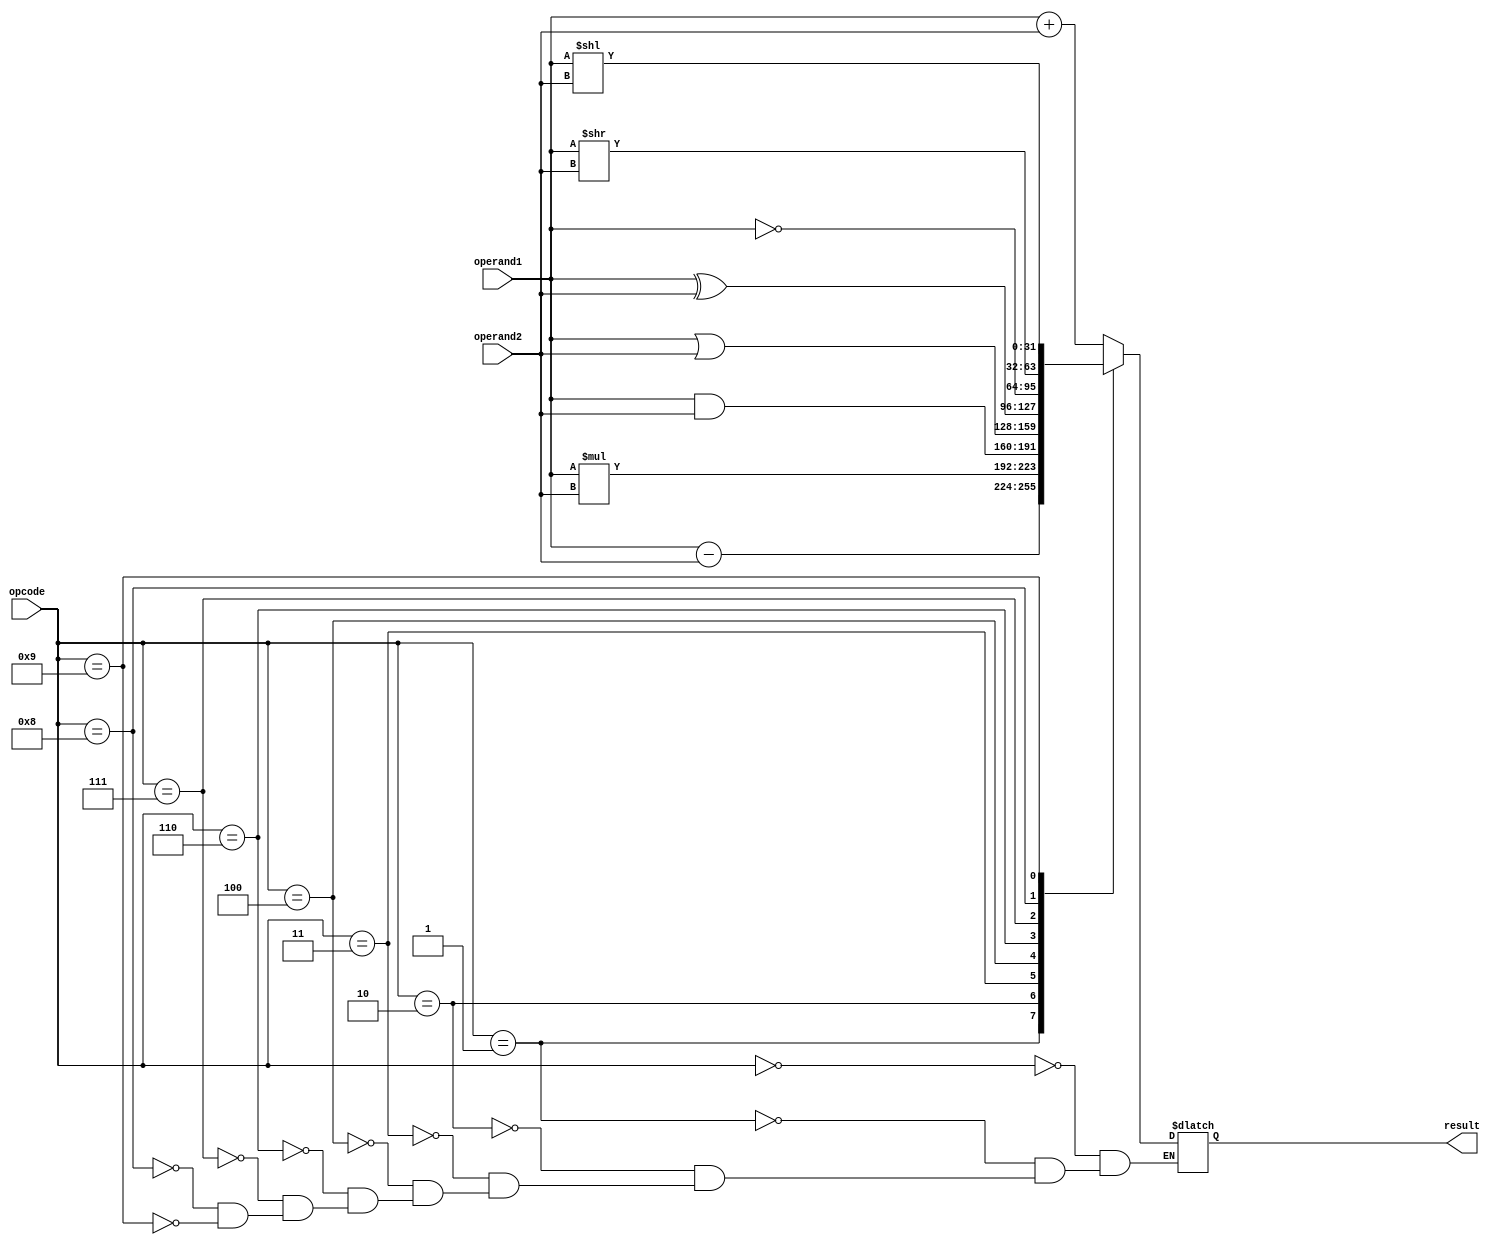
`timescale 1ns / 1ps

module ALU( 
input signed [31:0]operand1, operand2,
input signed[3:0] opcode,
output reg [31:0]result
);
parameter topla=4'b0000;
parameter cikar=4'b0001;
parameter carp=4'b0010;
parameter AND=4'b0011;
parameter OR=4'b0100;
parameter XOR=4'b0110;
parameter NOT=4'b0111;
parameter SRL=4'b1000;
parameter SLL=4'b1001;
    
always@(opcode,operand1,operand2)begin

case(opcode)
    topla:result <= operand1 + operand2; 
    
    cikar:result <= operand1 - operand2; 
    
    carp:result <= operand1 * operand2; 
    
    AND:result <= operand1 & operand2;
    
    OR:result <= operand1 | operand2;
    
    XOR:result <= operand1 ^ operand2;
    
    NOT:result <= ~operand1;
    
    SRL:result <= operand1 >> operand2;
    
    SLL:result <= operand1 << operand2;
endcase

end
endmodule

module TB();
reg[31:0]operand1,operand2;
reg[3:0]opcode;
wire[31:0]result;

ALU uut ( 
        .operand1(operand1) , 
        .operand2(operand2), 
        .opcode (opcode ), 
        .result(result)
    );    
ALU a1(operand1,operand2,opcode,result);
initial begin
    opcode = 4'b0000;
    operand1  = 32'b00000000000000000000000000011001;
    operand2  = 32'b00000000000000000000000000011001;
    #10;
    opcode = 4'b0001;
    operand1  = 32'b00000000000000000000000000011001;
    operand2  = 32'b00000000000000000000000000011001;
    #10
    opcode = 4'b0010;
    operand1  = 32'b00000000000000000000000000011001;
    operand2  = 32'b00000000000000000000000000011001;
    #10
    opcode = 4'b0011;
    operand1  = 32'b00000000000000000000000000011001;
    operand2  = 32'b00000000000000000000000000011001;
    #10
    opcode = 4'b0100;
    operand1  = 32'b00000000000000000000000000011001;
    operand2  = 32'b00000000000000000000000000011001;
    #10
    opcode = 4'b0110;
    operand1  = 32'b00000000000000000000000000011001;
    operand2  = 32'b00000000000000000000000000011001;
    #10
    opcode = 4'b0111;
    operand1  = 32'b00000000000000000000000000011001;
    operand2  = 32'b00000000000000000000000000011001;
    #10
    opcode = 4'b1000;
    operand1  = 32'b00000000000000000000000000011001;
    operand2  = 32'b00000000000000000000000000011001;
    #10
    opcode = 4'b1001;
    operand1  = 32'b00000000000000000000000000011001;
    operand2  = 32'b00000000000000000000000000011001;
    #10;
end  

endmodule